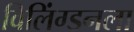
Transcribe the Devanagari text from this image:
विलिंग्डनला